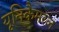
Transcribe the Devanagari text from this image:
यूनिकैमरल